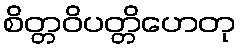
စိတ္တဝိပတ္တိဟေတု